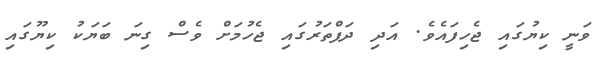
ވަނީ ކިޔުގައި ޖެހިފައެވެ. އަދި ދަފްތަރުގައި ޖެހުމަށް ވެސް ގިނަ ބަޔަކު ކިޔޫގައި